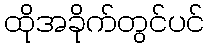
ထိုအခိုက်တွင်ပင်